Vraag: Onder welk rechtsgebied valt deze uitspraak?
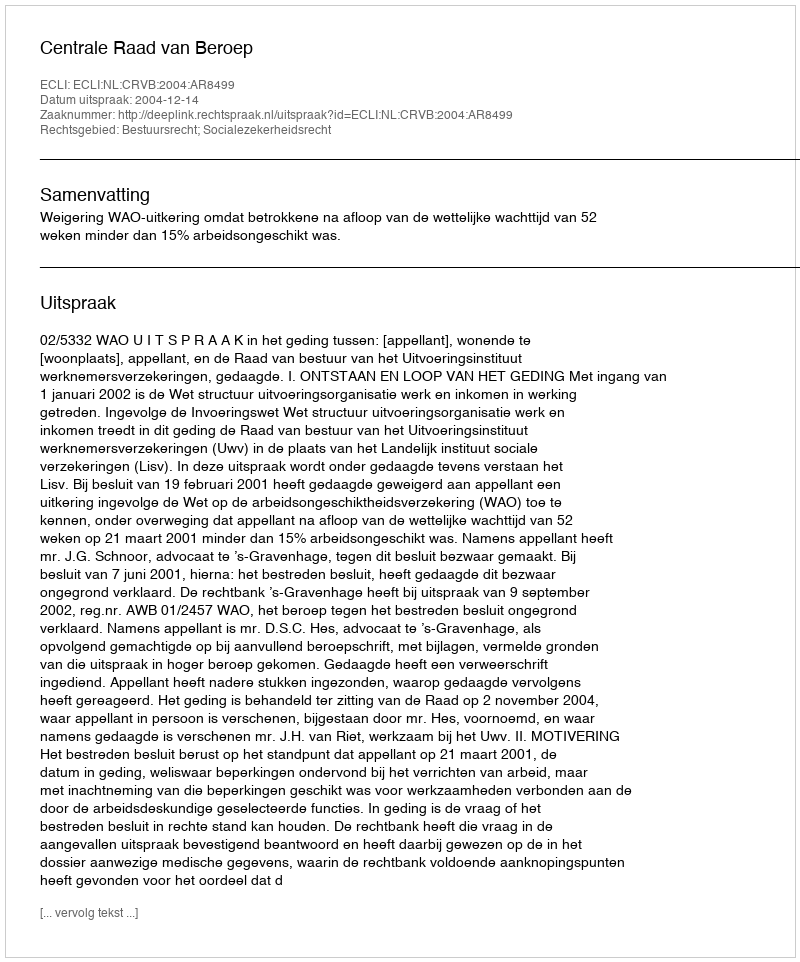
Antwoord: Bestuursrecht; Socialezekerheidsrecht